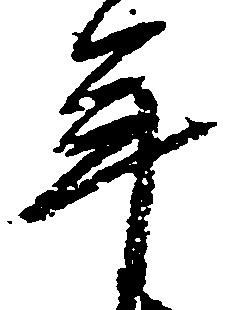
年